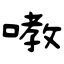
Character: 嘋